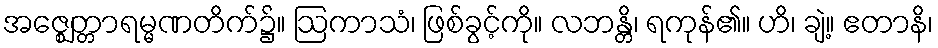
အဇ္ဈေတ္တာရမ္မဏတိက်၌။ ဩကာသံ၊ ဖြစ်ခွင့်ကို။ လဘန္တိ၊ ရကုန်၏။ ဟိ၊ ချဲ့။ ဧတာနိ၊